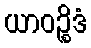
ယာဝဉ္စိဒံ